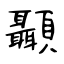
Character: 顳